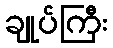
ချုပ်ကြီး